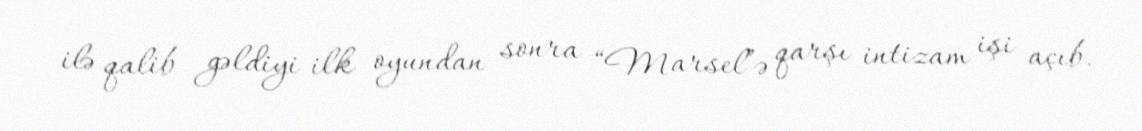
ilə qalib gəldiyi ilk oyundan sonra “Marsel”ə qarşı intizam işi açıb.